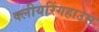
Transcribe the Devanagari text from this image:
क्लीयरिंगहाउस